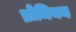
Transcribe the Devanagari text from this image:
ब्रोमियन